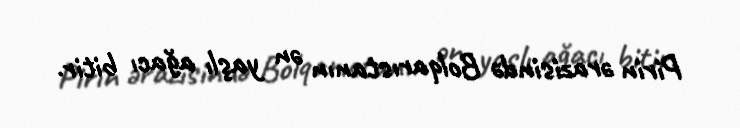
Pirin ərazisində Bolqarıstanın ən yaşlı ağacı bitir.